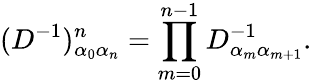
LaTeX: (D^{-1})_{\alpha_{0}\alpha_{n}}^{n}=\prod_{m=0}^{n-1}D_{\alpha_{m}\alpha_{m+1}}^{-1}.